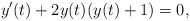
LaTeX: \begin{align*}y'(t)+2y(t)(y(t)+1)=0, \end{align*}